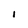
Character: I